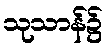
သုသာန်၌